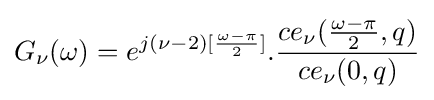
G_{\nu }(\omega )=e^{j(\nu -2)[{\frac {\omega -\pi }{2}}]}.{\frac {ce_{\nu }({\frac {\omega -\pi }{2}},q)}{ce_{\nu }(0,q)}}